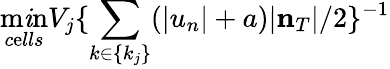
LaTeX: \operatorname*{m\mathit{i}n}_{c\mathrm{e}lls}V_{j}\{ \sum_{k\in\{ k_{j}\} }(|u_{n}|+a)|{\mathbf{n}}_{T}|/2\} ^{-1}